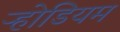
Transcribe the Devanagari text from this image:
ऱ्होडियम